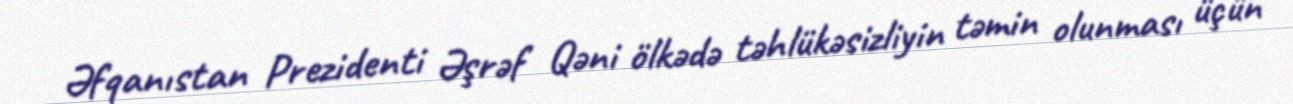
Əfqanıstan Prezidenti Əşrəf Qəni ölkədə təhlükəsizliyin təmin olunması üçün